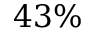
4 3 \%